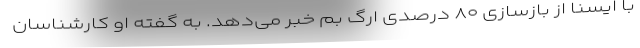
با ایسنا از بازسازی ۸۰ درصدی ارگ بم خبر می‌دهد. به گفته او کارشناسان